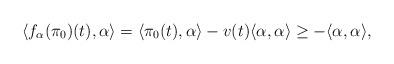
LaTeX: \begin{align*}\langle f_{\alpha}(\pi_{0})(t),\alpha\rangle=\langle\pi_{0}(t),\alpha\rangle-v(t)\langle\alpha,\alpha\rangle\geq-\langle\alpha,\alpha\rangle,\end{align*}